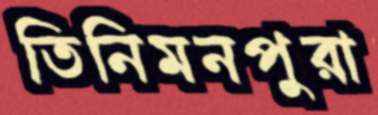
তিনিমনপুরা